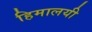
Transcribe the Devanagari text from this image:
हिमालयी